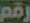
رقم